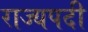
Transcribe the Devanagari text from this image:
राज्यपदी